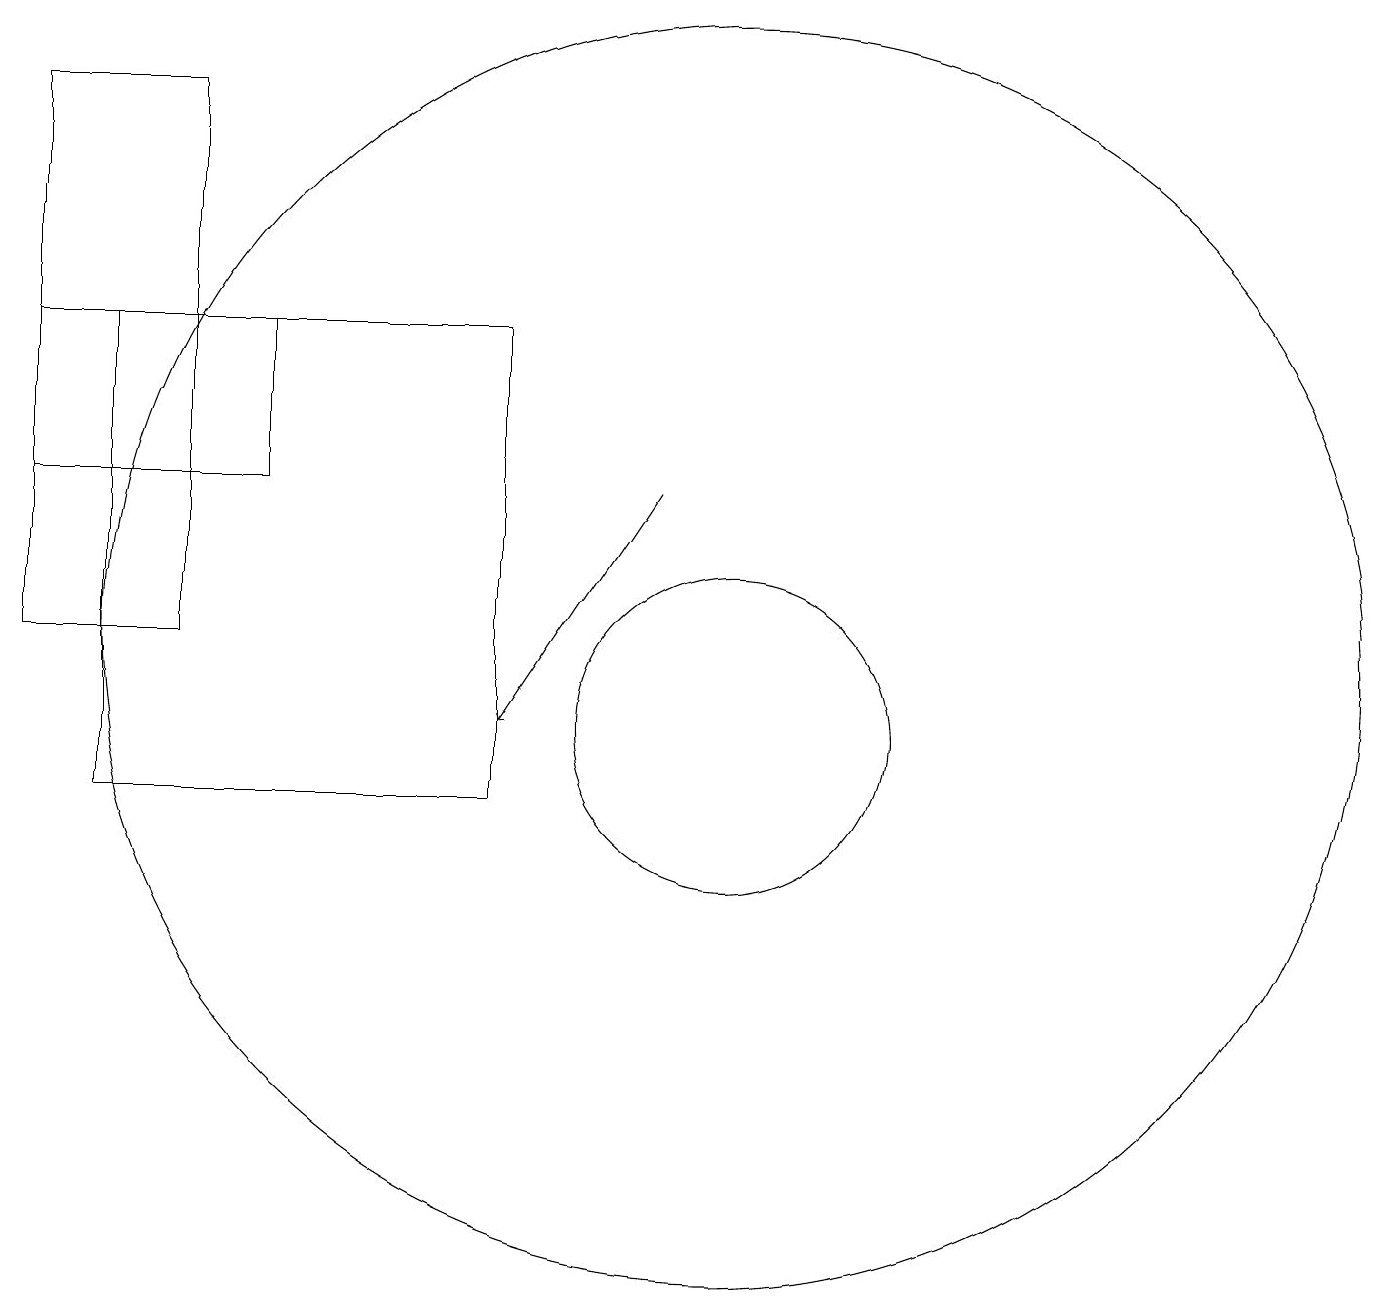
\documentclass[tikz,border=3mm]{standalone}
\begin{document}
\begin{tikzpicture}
\draw (1,16) rectangle (4,14);
\draw (7,10) rectangle (2,16);
\draw (3,12) rectangle (1,19);
\draw (10,11) circle (2);
\draw (10,12) circle (8);
\draw[->] (9,14) -- (7,11);
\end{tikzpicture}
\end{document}